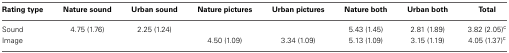
<table><thead><tr><td><b>Rating type</b></td><td><b>Nature sound</b></td><td><b>Urban sound</b></td><td><b>Nature pictures</b></td><td><b>Urban pictures</b></td><td><b>Nature both</b></td><td><b>Urban both</b></td><td><b>Total</b></td></tr></thead><tbody><tr><td>Sound</td><td>4.75 (1.76)</td><td>2.25 (1.24)</td><td></td><td></td><td>5.43 (1.45)</td><td>2.81 (1.89)</td><td>3.82 (2.05)<sup>c</sup></td></tr><tr><td>Image</td><td></td><td></td><td>4.50 (1.09)</td><td>3.34 (1.09)</td><td>5.13 (1.09)</td><td>3.15 (1.19)</td><td>4.05 (1.37)<sup>c</sup></td></tr></tbody></table>